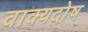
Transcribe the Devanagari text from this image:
वाक्यदोष